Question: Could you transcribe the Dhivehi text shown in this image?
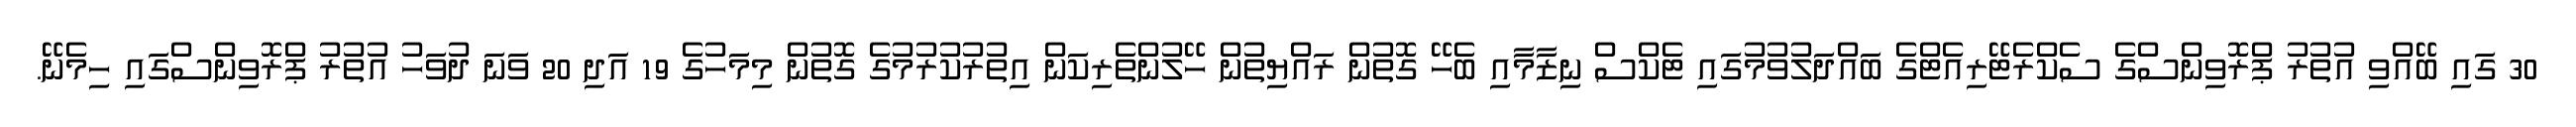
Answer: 30 ގައި ބޭއްވި އުތުރު ޕްރޮވިންސްގެ ސެކްރެޓޭރިއެޓްގެ ބައްދަލުވުމުގައި ޓެކްސް ނިޒާމާއި ބެހޭ ގޮތުން ރައްޔިތުން ހޭލުންތެރިކަން އިތުރުކުރުމުގެ ގޮތުން މިމަހުގެ 19 އަދި 20 ވަނަ ދުވަހު އުތުރު ޕްރޮވިންސްގައި ހިމެނޭ.